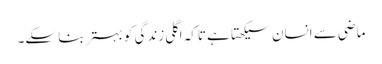
ماضی سے انسان سیکھتا ہے تاکہ اگلی زندگی کو بہتر بنا سکے۔